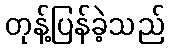
တုန့်ပြန်ခဲ့သည်